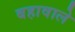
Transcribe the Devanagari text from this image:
बहावाले